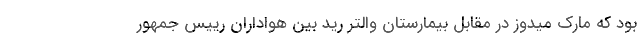
بود که مارک میدوز در مقابل بیمارستان والتر رید بین هواداران رییس جمهور